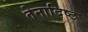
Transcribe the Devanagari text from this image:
तेनादिष्ट